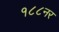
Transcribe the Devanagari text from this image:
१८८नर